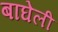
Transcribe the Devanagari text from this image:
बाघेली